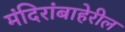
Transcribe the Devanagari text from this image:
मंदिरांबाहेरील